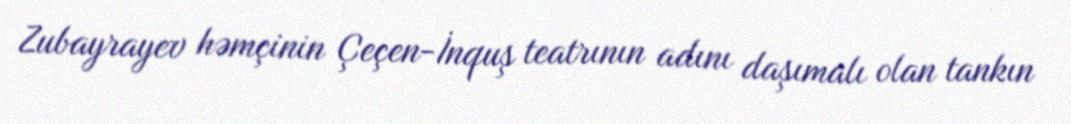
Zubayrayev həmçinin Çeçen-İnquş teatrının adını daşımalı olan tankın